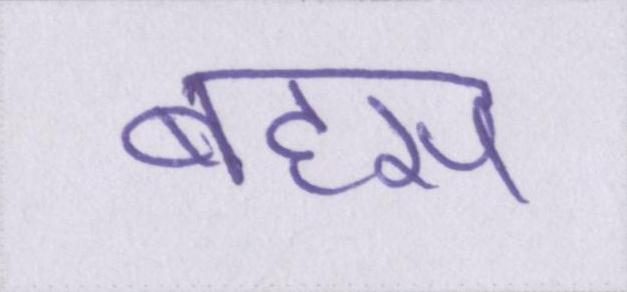
बहस